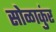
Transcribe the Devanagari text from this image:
सोळाकुंर